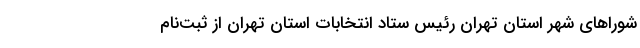
شوراهای شهر استان تهران رئیس ستاد انتخابات استان تهران از ثبت‌نام